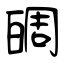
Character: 皗